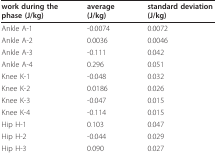
| work during the phase (J/kg) | average (J/kg) | standard deviation (J/kg) |
 | --- | --- | --- |
 | Ankle A-1 | -0.0074 | 0.0072 |
 | Ankle A-2 | 0.0036 | 0.0046 |
 | Ankle A-3 | -0.111 | 0.042 |
 | Ankle A-4 | 0.296 | 0.051 |
 | Knee K-1 | -0.048 | 0.032 |
 | Knee K-2 | 0.0186 | 0.026 |
 | Knee K-3 | -0.047 | 0.015 |
 | Knee K-4 | -0.114 | 0.015 |
 | Hip H-1 | 0.103 | 0.047 |
 | Hip H-2 | -0.044 | 0.029 |
 | Hip H-3 | 0.090 | 0.027 |